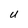
Character: U